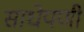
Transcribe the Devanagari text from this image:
साधेपणी